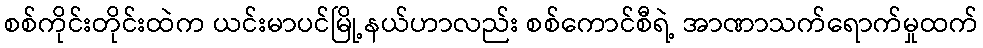
စစ်ကိုင်းတိုင်းထဲက ယင်းမာပင်မြို့နယ်ဟာလည်း စစ်ကောင်စီရဲ့ အာဏာသက်ရောက်မှုထက်